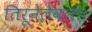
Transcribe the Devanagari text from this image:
तिरूनेलेवली।